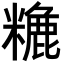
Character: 𥼡